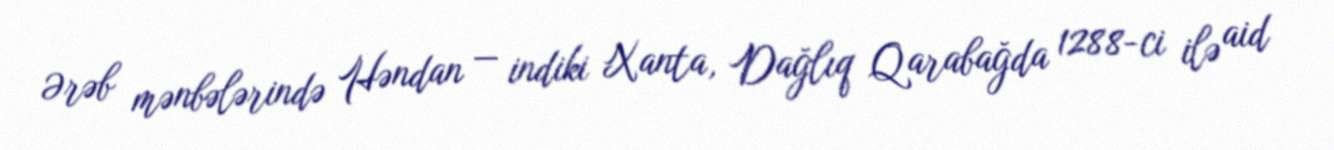
Ərəb mənbələrində Həndan — indiki Xanta, Dağlıq Qarabağda 1288-ci ilə aid